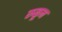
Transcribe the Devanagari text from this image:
रुळून